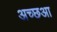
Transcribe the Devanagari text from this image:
अच्छआ